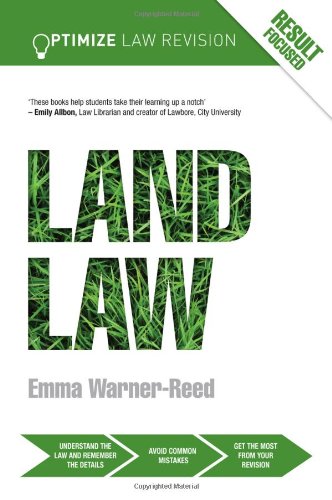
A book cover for LJMU Law Year Two: Optimize Land Law; Emma Warner-Reed; Law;